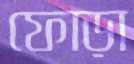
ফোড়া